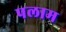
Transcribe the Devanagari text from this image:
पलाम